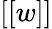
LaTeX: [[w]]